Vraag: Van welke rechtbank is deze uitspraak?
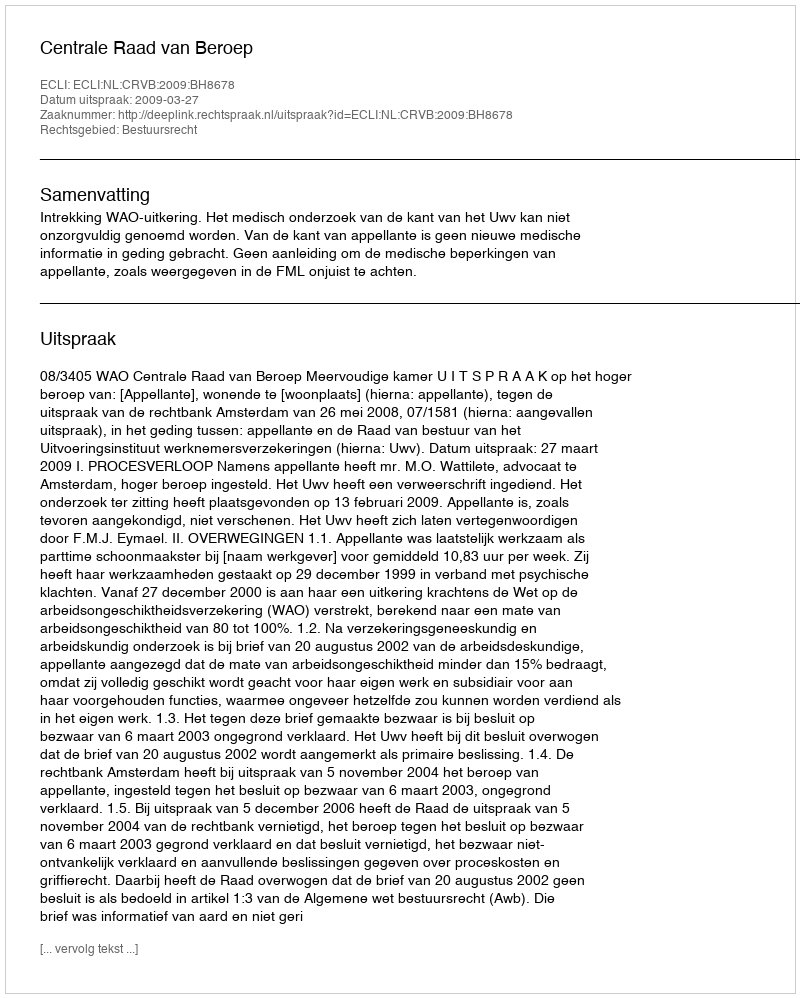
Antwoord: Centrale Raad van Beroep